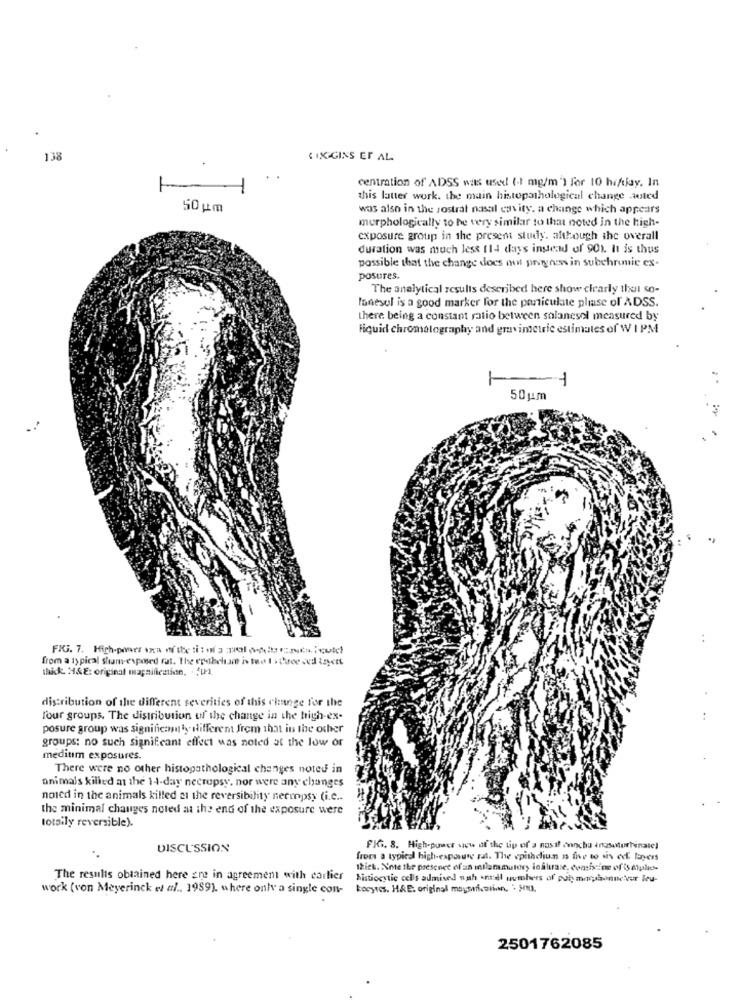
138
CIX.GINS ET AL.
centration of ADSS was used (-t mg/m') for 10 hi/jay. In
this latter work. the main histopathological change aoted
50 gm
was also in the rostrat nasal cavity. a change which appears
morphologically to be very similar to that noted in the high-
exposure group in the present study. although the overall
duration was much less (14 days instead of 901. it is thus
possible that the change does not princess in subchronic ex-
posures.
The analytical results described here show clearly thet so-
lanesol is a good marker for the particulate phase of ADSS.
there being a constant ratio between solanesol measured by
Fiquid chromatography and gravimetric estimates of W I PM
50 um
:
from a typical sham-exposed rat. The er theham is too Isthace sed Leyett
thick. H&E: original magnification. . $IP1.
distribution of the different severities of this change for the
l'our groups. The distribution of the change in the high-ex-
posure group was significam ly different frem that in the other
groups: no such significant effect was noted at the low or
medium exposures.
There were no other histopathological changes noted in
animals killed a the 1-4-day necropsy, nor were any changes
noied in the animals killed at the reversibility nermpsy (i.e ..
the minimal changes noted at the end of the exposure were
totally reversible).
DISCUSSION
FIG. 8. High-power view of the tip of a nasil onncha inosoturbinatel
front a typical high-exposure rat. The vpishdiun ns five to us edf. layers
Ikick. Note the presence of an inflammatory inaturale, comiscine of is myale
The results obtained here are in agreement with carlier
histiocytic cells aumived nah .nudl numbers of puis macsbonnetver leu-
work (von Meyerinck et al ., 1989), where only a single con-
Locyres. HAB. original maysırf.min. - 3.
2501762085